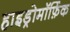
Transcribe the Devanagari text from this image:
हाइड्रोमॉर्फ़िक